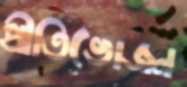
প্রীতিভোজন